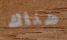
هناك